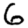
Digit: 6